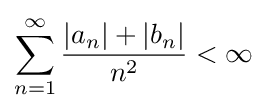
\sum _{n=1}^{\infty }{\frac {|a_{n}|+|b_{n}|}{n^{2}}}<\infty